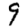
Digit: 9